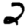
Digit: 2